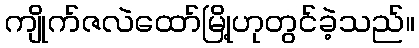
ကျိုက်ဇလဲထော်မြို့ဟုတွင်ခဲ့သည်။